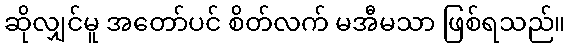
ဆိုလျှင်မူ အတော်ပင် စိတ်လက် မအီမသာ ဖြစ်ရသည်။